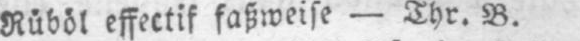
Rǔbǒl effectif faßweise - Thr. B.